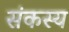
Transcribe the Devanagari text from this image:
संकस्य